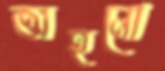
অহনো